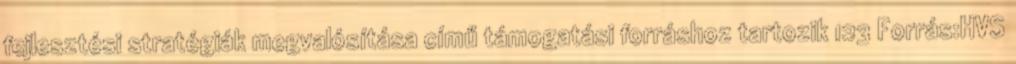
fejlesztési stratégiák megvalósítása című támogatási forráshoz tartozik 123 Forrás:HVS